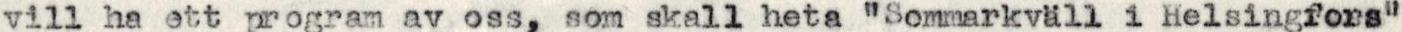
vill ha ett program av oss, som skall heta "Sommarkväll i Helsingfors"